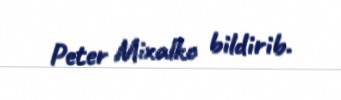
Peter Mixalko bildirib.